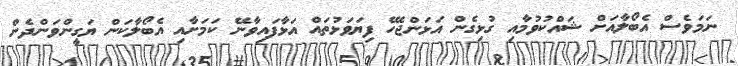
ނަމަވެސް އެބޯލާއަށް ޝައްކުވުމާއި ގުޅިގެން އަޅަންޖެހޭ ފިޔަވަޅުތައް އަޅާފައިވާނޭ ކަމަށާއި އެބޯލާކަން ޔަގީންވަންދެން